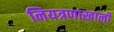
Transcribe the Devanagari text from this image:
नियत्रणाखाली